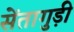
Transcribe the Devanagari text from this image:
सेंतागुड़ी